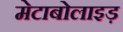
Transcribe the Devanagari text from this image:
मेटाबोलाइड़